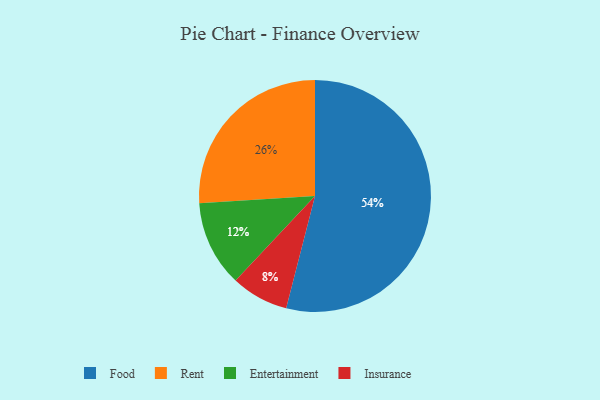
{"axis": {"x": "Category", "y": "Percentage"}, "legend": ["Entertainment", "Food", "Insurance", "Rent"], "data": [{"x": "Insurance", "y": 8, "type": "Insurance"}, {"x": "Food", "y": 54, "type": "Food"}, {"x": "Rent", "y": 26, "type": "Rent"}, {"x": "Entertainment", "y": 12, "type": "Entertainment"}]}